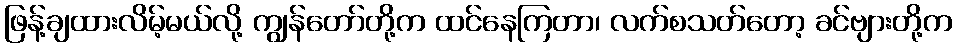
ဖြန့်ချထားလိမ့်မယ်လို့ ကျွန်တော်တို့က ထင်နေကြတာ၊ လက်စသတ်တော့ ခင်ဗျားတို့က